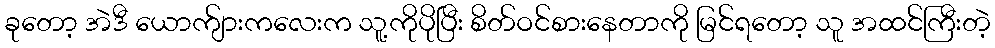
ခုတော့ အဲဒီ ယောက်ျားကလေးက သူ့ကိုပိုပြီး စိတ်ဝင်စားနေတာကို မြင်ရတော့ သူ အထင်ကြီးတဲ့